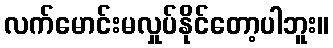
လက်မောင်းမလှုပ်နိုင်တော့ပါဘူး။